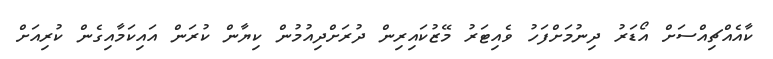
ކާއެއްޗިއްސަށް އޯޑަރު ދިނުމަށްފަހު ވެއިޓަރު މޭޒުކައިރިން ދުރަށްދިއުމުން ކިޔާން ކުރަން އައިކަމާއިގެން ކުރިއަށް